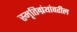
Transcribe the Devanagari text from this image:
स्मृतिग्रंथांवरील